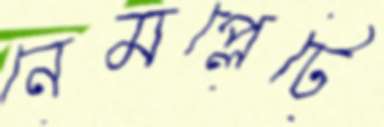
নেমপ্লেটে